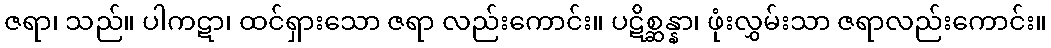
ဇရာ၊ သည်။ ပါကဋာ၊ ထင်ရှားသော ဇရာ လည်းကောင်း။ ပဋိစ္ဆန္နာ၊ ဖုံးလွှမ်းသာ ဇရာလည်းကောင်း။